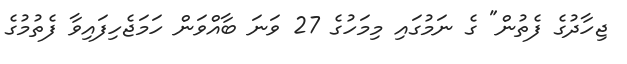
ޖިހާދުގެ ފެތުން" ގެ ނަމުގައި މިމަހުގެ 27 ވަނަ ބާއްވަން ހަމަޖެހިފައިވާ ފެތުމުގެ